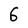
Character: 6